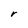
Character: r